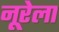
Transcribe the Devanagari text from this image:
नूरेला